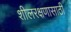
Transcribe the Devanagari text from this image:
शीलरक्षणासाठी